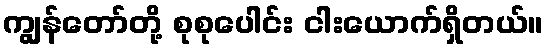
ကျွန်တော်တို့ စုစုပေါင်း ငါးယောက်ရှိတယ်။